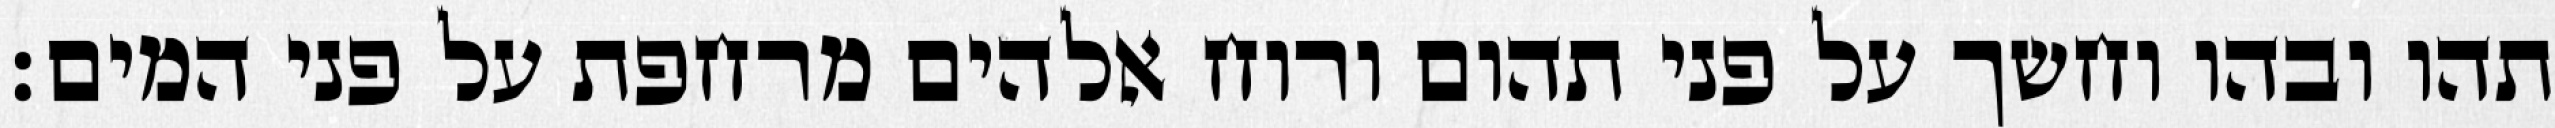
תהו ובהו וחשך על פני תהום ורוח אלהים מרחפת על פני המים׃